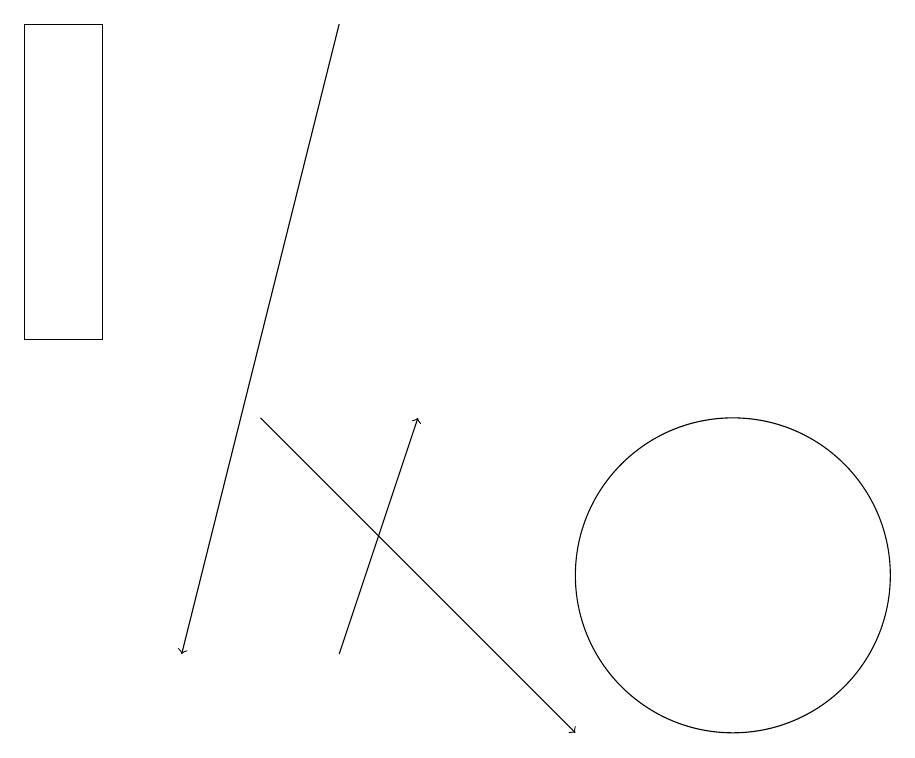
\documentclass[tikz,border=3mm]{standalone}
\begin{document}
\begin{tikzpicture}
\draw[->] (5,19) -- (3,11);
\draw (10,12) circle (2);
\draw[->] (5,11) -- (6,14);
\draw[->] (4,14) -- (8,10);
\draw (2,15) rectangle (1,19);
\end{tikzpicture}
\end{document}